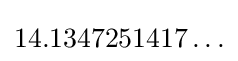
14.1347251417\ldots